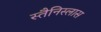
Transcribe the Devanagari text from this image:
स्तैनिस्लास